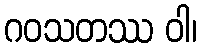
ဂဝသတဿ ဝါ၊